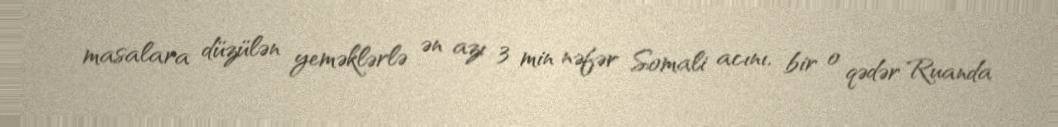
masalara düzülən yeməklərlə ən azı 3 min nəfər Somali acını, bir o qədər Ruanda